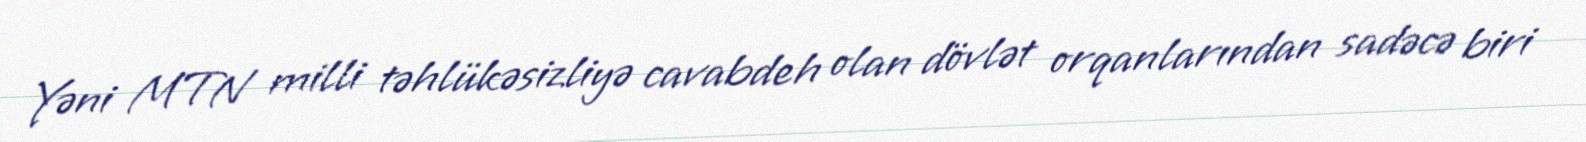
Yəni MTN milli təhlükəsizliyə cavabdeh olan dövlət orqanlarından sadəcə biri